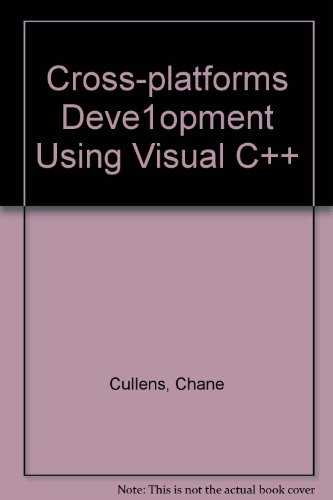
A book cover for Cross-Platform Development Using Visual C++; Chane Cullens; Computers & Technology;